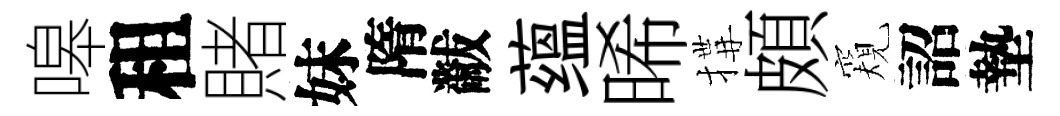
嗥租賭妹隋黻蕴晞搆頗窺詔墊